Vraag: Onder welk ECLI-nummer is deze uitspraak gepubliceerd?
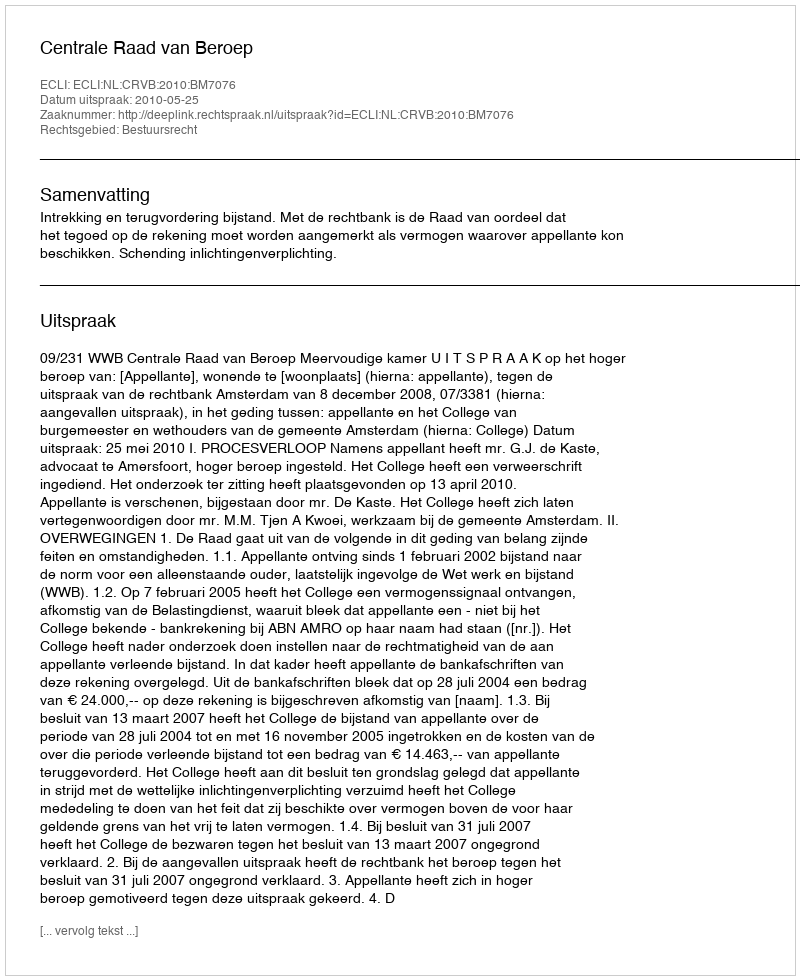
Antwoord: ECLI:NL:CRVB:2010:BM7076